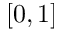
[ 0 , 1 ]